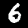
Digit: 6